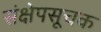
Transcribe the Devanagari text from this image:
संक्षेपसूचक